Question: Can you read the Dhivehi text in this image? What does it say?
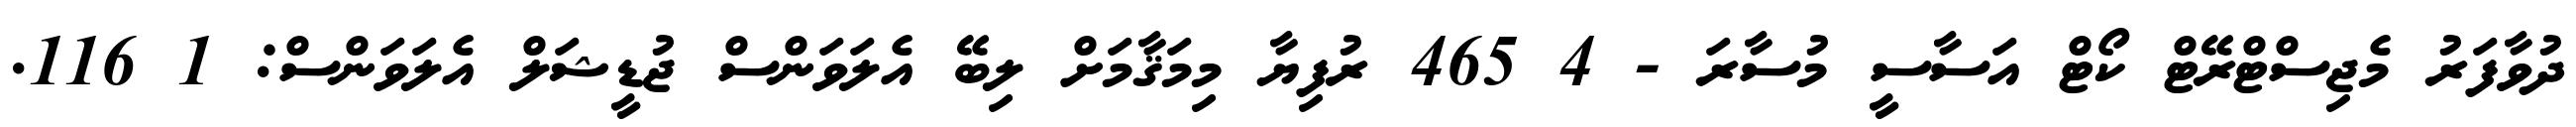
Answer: ދުވާފަރު މެޖިސްޓްރޭޓް ކޯޓް އަސާސީ މުސާރަ - 4 465 ރުފިޔާ މިމަޤާމަށް ލިބޭ އެލަވަންސް ޖުޑީޝަލް އެލަވަންސް: 1 116.